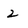
Character: 2